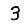
Digit: 3